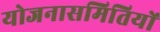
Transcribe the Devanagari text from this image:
योजनासमितियों